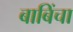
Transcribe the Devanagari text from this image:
बाबिंचा